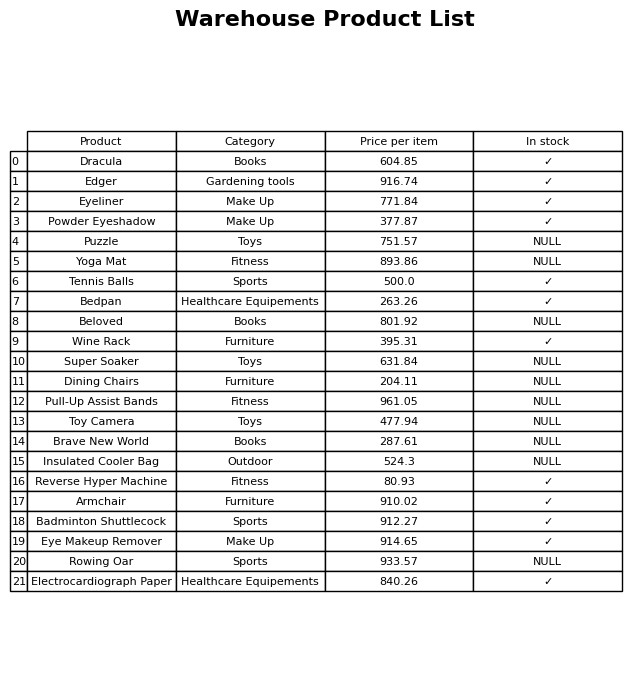
question: What is the price for Wine Rack?
answer: The price of Wine Rack is 395.31.